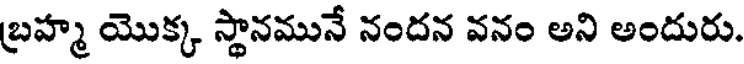
బ్రహ్మ యొక్క స్థానమునే నందన వనం అని అందురు.